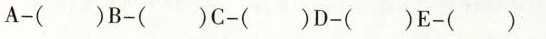
A-() B-() C-() D-() E-()